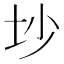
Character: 𱖊